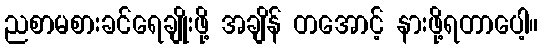
ညစာမစားခင်ရေချိုးဖို့ အချိန် တအောင့် နားဖို့ရတာပေါ့။